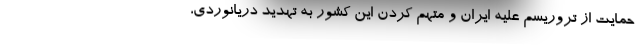
حمایت از تروریسم علیه ایران و متهم کردن این کشور به تهدید دریانوردی،